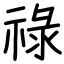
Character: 祿